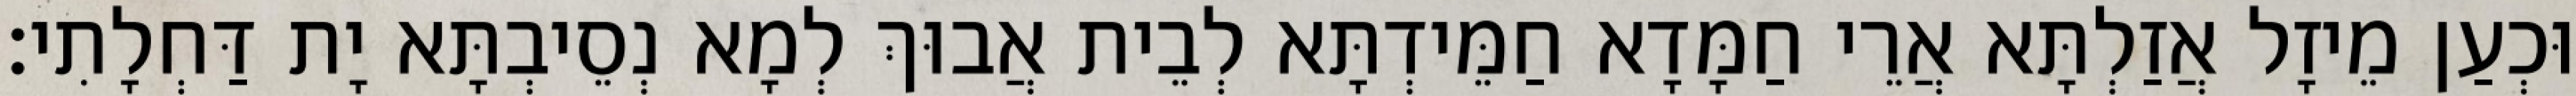
וּכְעַן מֵיזָל אֲזַלְתָּא אֲרֵי חַמָּדָא חַמֵּידְתָּא לְבֵית אֲבוּךְ לְמָא נְסֵיבְתָּא יָת דַּחְלָתִי׃